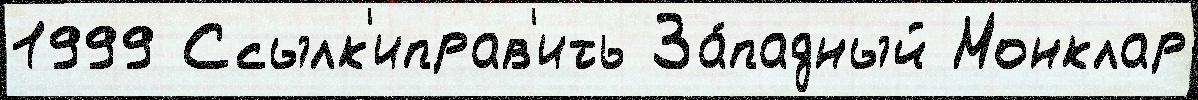
1999 Ссылк'иправ'ить За́падный Монклар